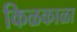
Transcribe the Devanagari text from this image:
किळकाळा